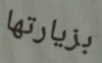
بزيارتها